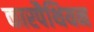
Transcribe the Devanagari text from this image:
कारपैथियन